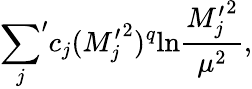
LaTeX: {\sum_{j}}^{\prime}c_{j}({M_{j}^{\prime}}^{2})^{q}\mathrm{ln}{\frac{{M_{j}^{\prime}}^{2}}{\mu^{2}}},